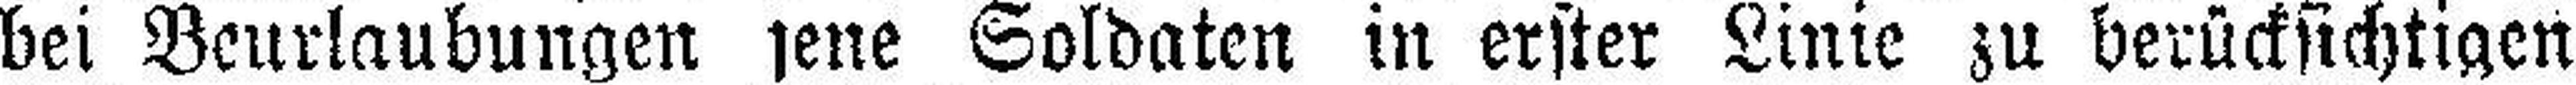
bei Beurlaubungen jene Soldaten in erster Linie zu berücksichtigen